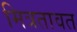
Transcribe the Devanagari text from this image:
मित्रतावत